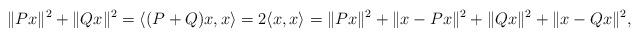
LaTeX: \begin{align*}\lVert Px \rVert^2 + \lVert Qx \rVert^2 = \langle (P+Q)x, x \rangle = 2 \langle x , x \rangle = \lVert Px \rVert^2 + \lVert x - Px \rVert^2 + \lVert Qx \rVert^2 + \lVert x - Qx \rVert^2 , \end{align*}